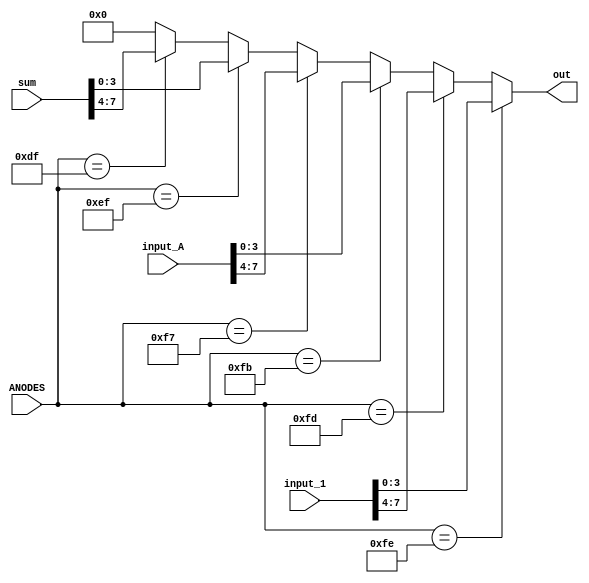
`timescale 1ns / 1ps

module decoder(ANODES, input_1, input_A, sum, out);
    
    input  [7:0] ANODES;
    input  [7:0] input_1;
    input  [7:0] input_A;
    input  [7:0] sum;
    output reg [3:0] out;


always@(*)
begin
           out    = (ANODES == 8'b11111110) ? input_1[3:0]:
                    (ANODES == 8'b11111101) ? input_1[7:4]:
                    (ANODES == 8'b11111011) ? input_A[3:0]:
                    (ANODES == 8'b11110111) ? input_A[7:4]:
                    (ANODES == 8'b11101111) ? sum[3:0]:
                    (ANODES == 8'b11011111) ? sum[7:4]:
                    4'b0000;
end
endmodule